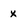
Character: X